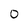
Character: 0